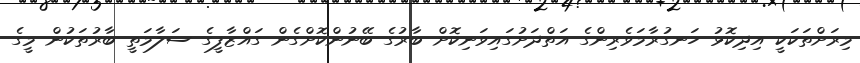
މިރަށްތަކަކީ އިދިކޮޅު ހަނގުރާމަވެރިންގެ އަތްދަށުގައިވަނިކޮށް ބާރުގެ ބޭނުންކޮށްގެން ގައްޒާފީގެ ސަލާމަތީ ބާރުތަކުން މީގެ